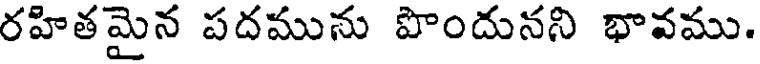
రహితమైన పదమును పొందునని భావము.